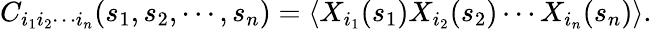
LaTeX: C_{i_{1}i_{2}\cdots i_{n}}(s_{1},s_{2},\cdots,s_{n})=\langle X_{i_{1}}(s_{1})X_{i_{2}}(s_{2})\cdots X_{i_{n}}(s_{n})\rangle.